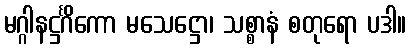
မဂ္ဂါနဋ္ဌင်္ဂိကော မသေဋ္ဌော၊ သစ္စာနံ စတုရော ပဒါ။